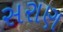
સરાણ